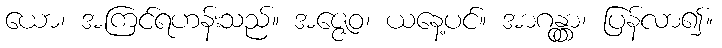
ယော၊ အကြင်ရဟန်းသည်။ အဇ္ဇေဝ၊ ယနေ့ပင်။ အာဂန္တွာ၊ ပြန်လာ၍။